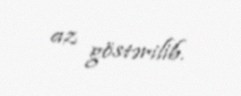
az göstərilib.